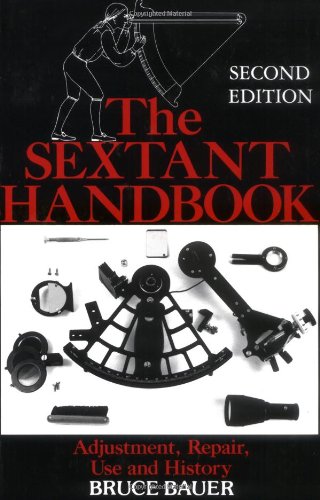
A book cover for The Sextant Handbook; Bruce Bauer; Science & Math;